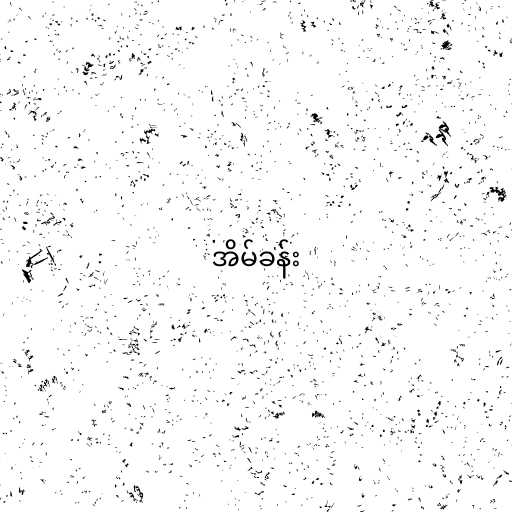
အိမ်ခန်း